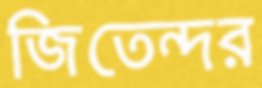
জিতেন্দর